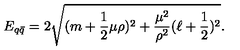
E _ { q \bar { q } } = 2 \sqrt { ( m + \frac { 1 } { 2 } \mu \rho ) ^ { 2 } + \frac { \mu ^ { 2 } } { \rho ^ { 2 } } ( \ell + \frac { 1 } { 2 } ) ^ { 2 } } .